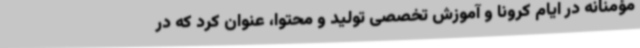
مؤمنانه در ایام کرونا و آموزش تخصصی تولید و محتوا، عنوان کرد که در